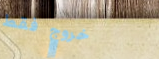
خروج فقط